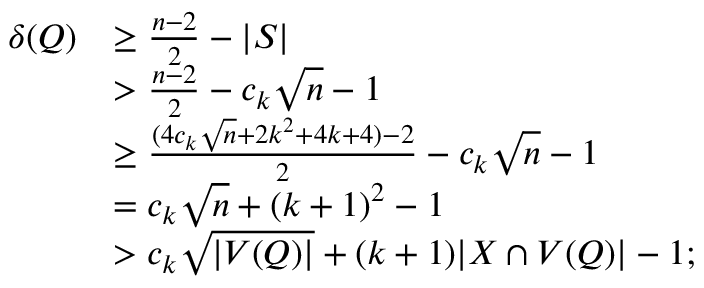
\begin{array} { r l } { \delta ( Q ) } & { \geq \frac { n - 2 } { 2 } - | S | } \\ & { > \frac { n - 2 } { 2 } - c _ { k } \sqrt { n } - 1 } \\ & { \geq \frac { ( 4 c _ { k } \sqrt { n } + 2 k ^ { 2 } + 4 k + 4 ) - 2 } { 2 } - c _ { k } \sqrt { n } - 1 } \\ & { = c _ { k } \sqrt { n } + ( k + 1 ) ^ { 2 } - 1 } \\ & { > c _ { k } \sqrt { | V ( Q ) | } + ( k + 1 ) | X \cap V ( Q ) | - 1 ; } \end{array}